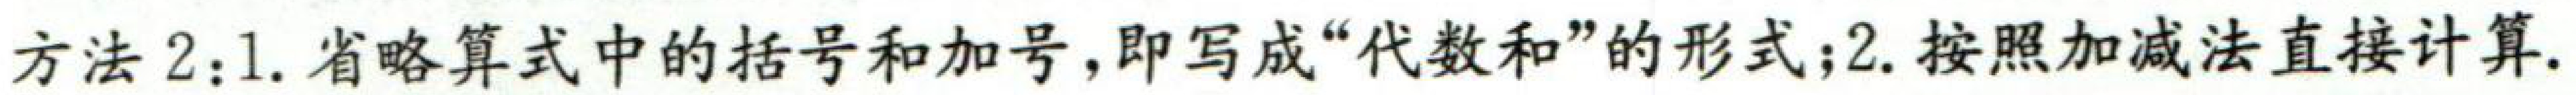
方法2：1. 省略算式中的括号和加号，即写成“代数和”的形式；2. 按照加减法直接计算.